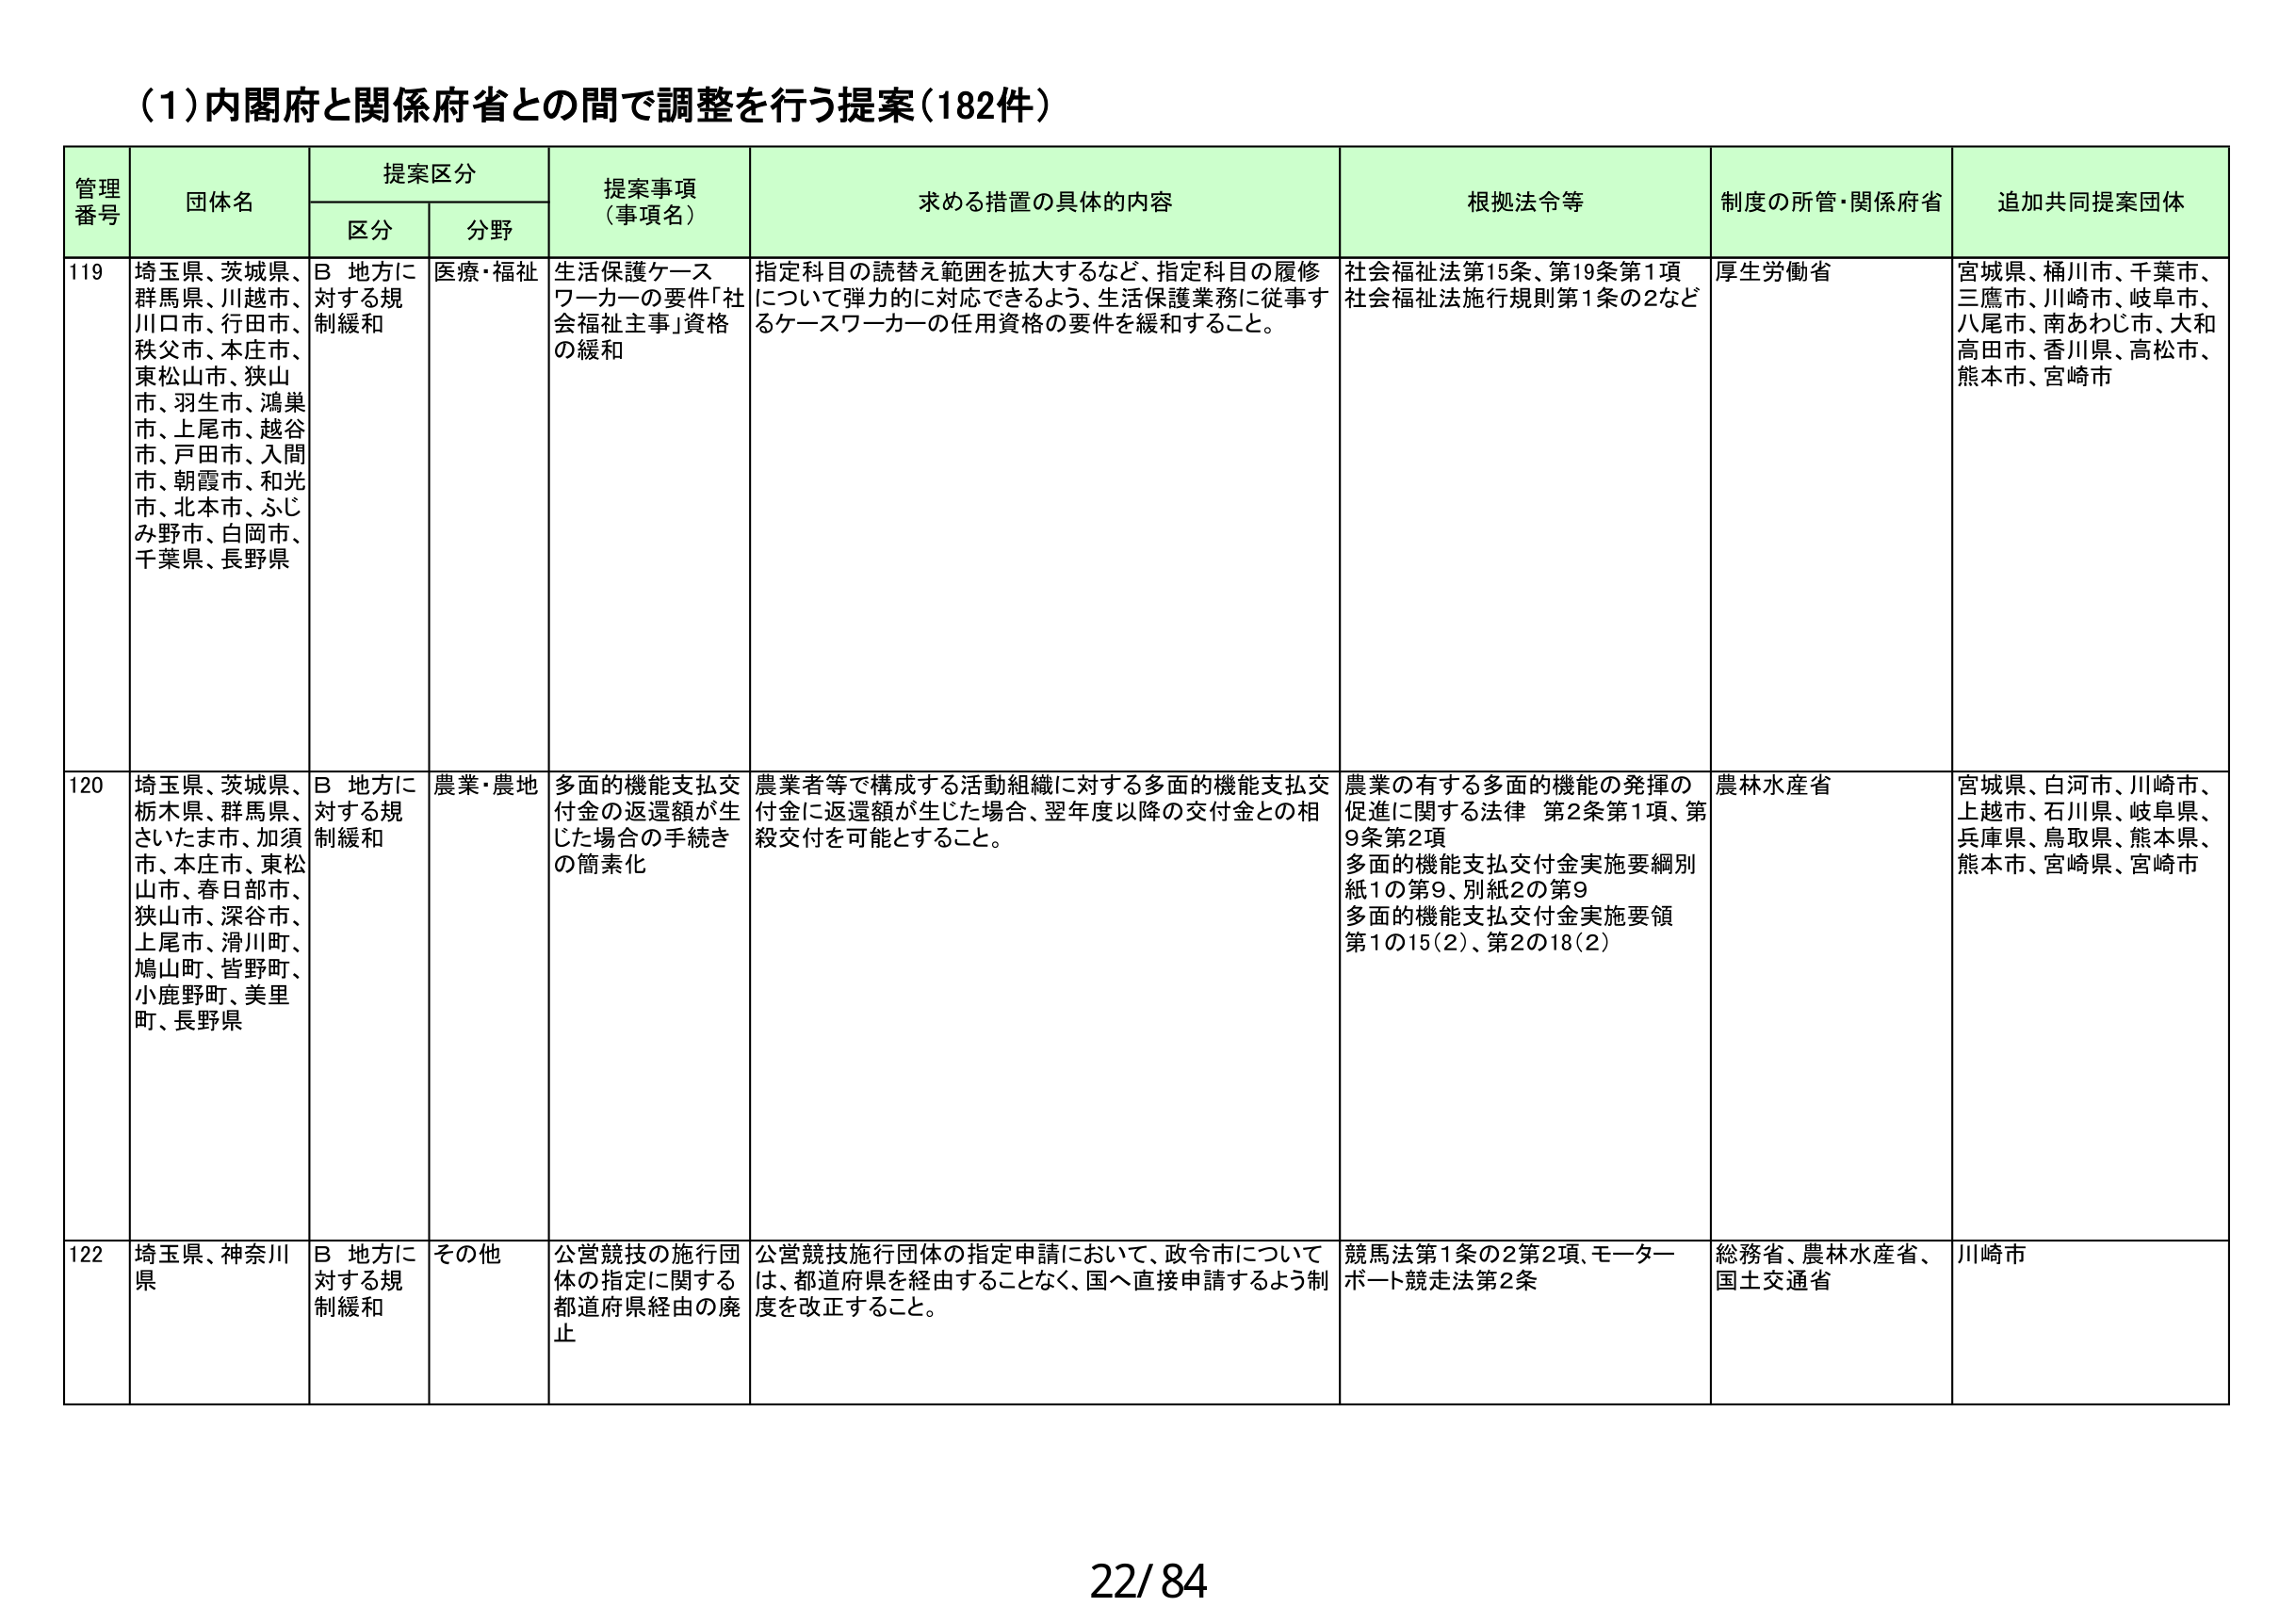
(1)内閣府と関係府省との間で調整を行う提案(182件)

管理番号 団体名 提案区分 提案事項（事項名） 求める措置の具体的な内容 根拠法令等 制度の所管・関係府省 追加共同提案団体
区分 分野

119 埼玉県、茨城県、群馬県、川越市、川口市、行田市、秩父市、本庄市、東松山市、狭山市、羽生市、鴻巣市、上尾市、越谷市、戸田市、入間市、朝霞市、和光市、北本市、ふじみ野市、白岡市、千葉県、長野県 B 地方に対する規制緩和 医療・福祉 生活保護ケースワーカーの要件「社会福祉主事」資格の緩和 指定科目の読替え範囲を拡大するなど、指定科目の履修について弾力的に対応できるよう、生活保護業務に従事するケースワーカーの任用資格の要件を緩和すること。 社会福祉法第15条、第19条第1項 社会福祉法施行規則第1条の2など 厚生労働省 宮城県、桶川市、千葉市、三鷹市、川崎市、岐阜市、八尾市、南あわじ市、大和高田市、香川県、高松市、熊本市、宮崎市

120 埼玉県、茨城県、栃木県、群馬県、さいたま市、加須市、本庄市、東松山市、春日部市、狭山市、深谷市、上尾市、滑川町、鳩山町、皆野町、小鹿野町、美里町、長野県 B 地方に対する規制緩和 農業・農地 多面的機能支払交付金の返還額が生じた場合の手続きの簡素化 農業者等で構成する活動組織に対する多面的機能支払交付金に返還額が生じた場合、翌年度以降の交付金との相殺交付を可能とすること。 農業の有する多面的機能の発揮の促進に関する法律 第2条第1項、第9条第2項 多面的機能支払交付金実施要綱別紙1の第9、別紙2の第9 多面的機能支払交付金実施要領第1の15(2)、第2の18(2) 農林水産省 宮城県、白河市、川崎市、上越市、石川県、岐阜県、兵庫県、鳥取県、熊本県、熊本市、宮崎県、宮崎市

122 埼玉県、神奈川県 B 地方に対する規制緩和 その他 公営競技の施行団体の指定に関する都道府県経由の廃止 公営競技施行団体の指定申請において、政令市については、都道府県を経由することなく、国へ直接申請するよう制度を改正すること。 競馬法第1条の2第2項、モーターボート競走法第2条 総務省、農林水産省、国土交通省 川崎市

22/84